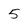
Character: 5